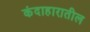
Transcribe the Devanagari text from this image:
कंदाहारातील